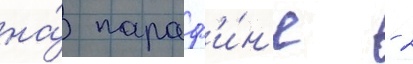
на́ параф'и́н'е - 2